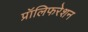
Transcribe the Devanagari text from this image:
प्रॉलिफरेशन